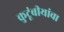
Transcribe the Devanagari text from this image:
कुटूंबीयांचा